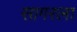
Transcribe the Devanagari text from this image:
सागरला